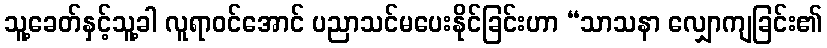
သူ့ခေတ်နှင့်သူ့ခါ လူရာဝင်အောင် ပညာသင်မပေးနိုင်ခြင်းဟာ “သာသနာ လျှောကျခြင်း၏